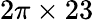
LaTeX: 2\pi\times 23